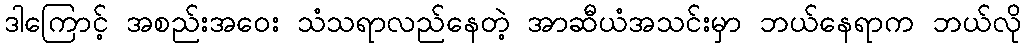
ဒါကြောင့် အစည်းအဝေး သံသရာလည်နေတဲ့ အာဆီယံအသင်းမှာ ဘယ်နေရာက ဘယ်လို